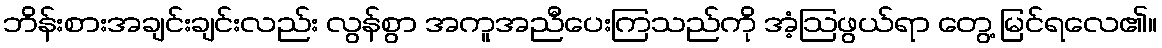
ဘိန်းစားအချင်းချင်းလည်း လွန်စွာ အကူအညီပေးကြသည်ကို အံ့ဩဖွယ်ရာ တွေ့ မြင်ရလေ၏။